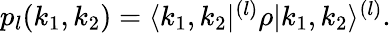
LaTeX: \begin{array}{r}{p_{l}(k_{1},k_{2})=\langle k_{1},k_{2}|^{(l)}\rho|k_{1},k_{2}\rangle^{(l)}.}\end{array}